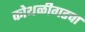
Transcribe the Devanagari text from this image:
कोथळीगडचा